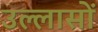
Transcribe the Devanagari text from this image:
उल्लासों